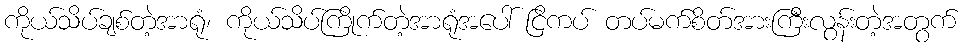
ကိုယ်သိပ်ချစ်တဲ့အာရုံ၊ ကိုယ်သိပ်ကြိုက်တဲ့အာရုံအပေါ် ငြိကပ် တပ်မက်စိတ်အားကြီးလွန်းတဲ့အတွက်